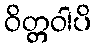
ဝိတ္တဝါပိ